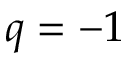
q = - 1